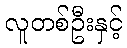
လူတစ်ဦးနှင့်